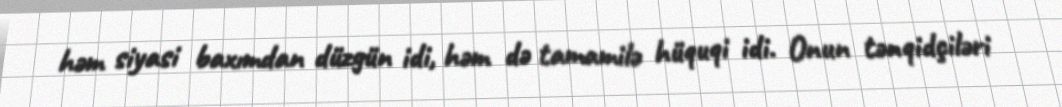
həm siyasi baxımdan düzgün idi, həm də tamamilə hüquqi idi. Onun tənqidçiləri